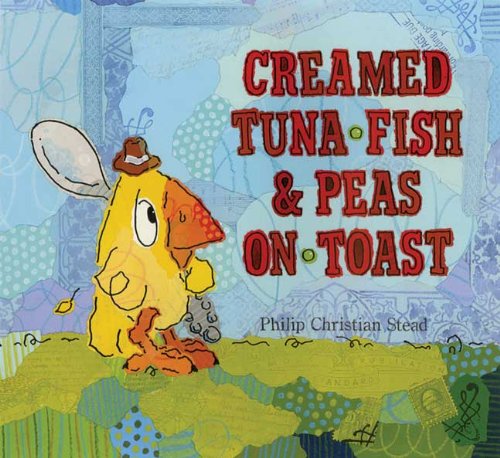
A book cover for Creamed Tuna Fish and Peas on Toast; Philip C. Stead; Humor & Entertainment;